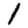
Digit: 1